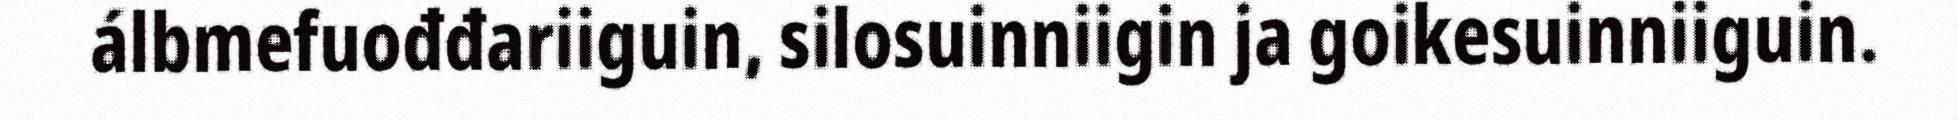
álbmefuođđariiguin, silosuinniigin ja goikesuinniiguin.